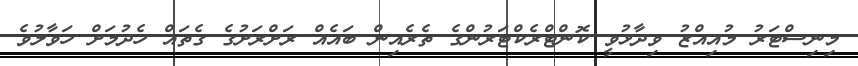
މިނިސްޓަރު މުއިއްޒު ވިދާޅުވީ ކޮންޓްރެކްޓަރުންގެ ތެރެއިން ބައެއް ރަށްރަށުގެ ގެތައް ހެދުމަށް ހަވާލުވެ